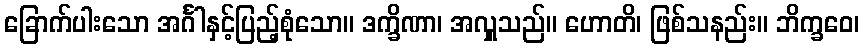
ခြောက်ပါးသော အင်္ဂါနှင့်ပြည့်စုံသော။ ဒက္ခိဏာ၊ အလှူသည်။ ဟောတိ၊ ဖြစ်သနည်း။ ဘိက္ခဝေ၊